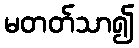
မတတ်သာ၍